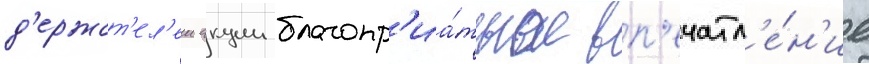
д'ержат'ел'еи акции благопр'иа́тное вп'ечатл'е́н'ие